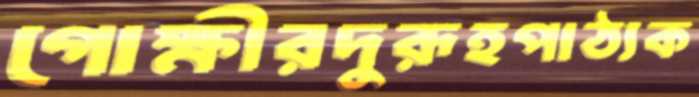
গোক্ষীরদুরূহপাঠ্যক